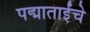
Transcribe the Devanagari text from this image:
पद्माताईंचे